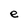
Character: e